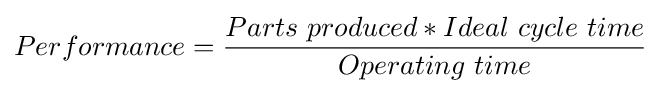
Performance={\frac {Parts\ produced*Ideal\ cycle\ time}{Operating\ time}}